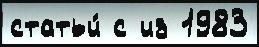
статьи́ с из 1983